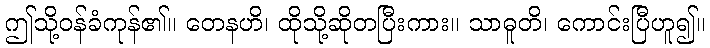
ဤသို့ဝန်ခံကုန်၏။ တေနဟိ၊ ထိုသို့ဆိုတပြီးကား။ သာဓူတိ၊ ကောင်းပြီဟူ၍။